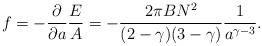
LaTeX: \begin{align*}f=-{\partial\over\partial a}{E\over A}=-{2\pi BN^2\over(2-\gamma)(3-\gamma)}{1\over a^{\gamma-3}}.\end{align*}